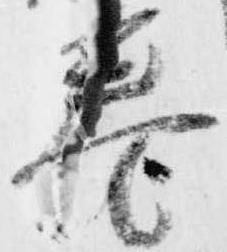
巻